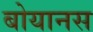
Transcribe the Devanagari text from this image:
बोयानस